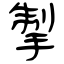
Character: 掣